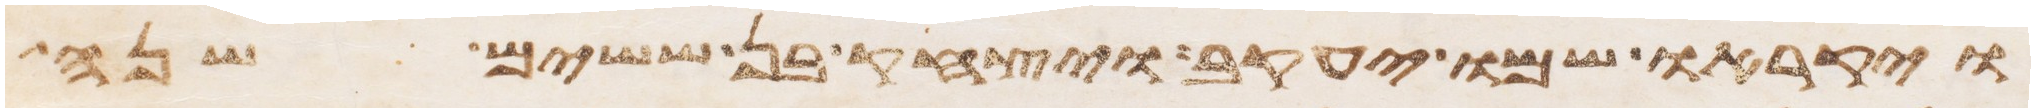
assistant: ויקראו שמו יעקב ויצחק בן ששים שנה